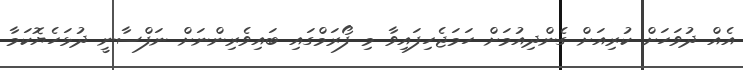
އެއް ދުވަހަށް ކުރިއަށް ގެންދިއުމަށް ހަމަޖެހިފައިވާ މި ފޯރަމްގައި ބައިވެރިންނަށް ނަފްސާނީ ދުޅަހެޔޮކަމާ